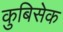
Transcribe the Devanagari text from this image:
कुबिसेक